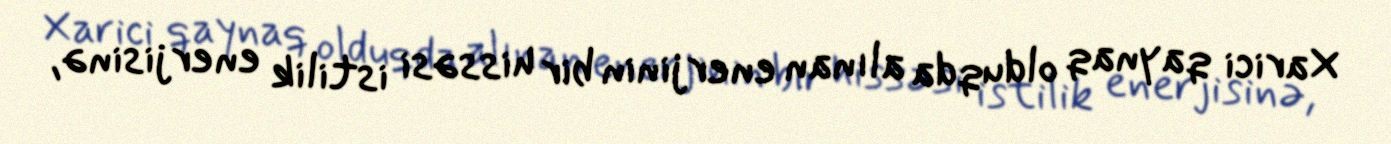
Xarici qaynaq olduqda alınan enerjinin bir hissəsi istilik enerjisinə,